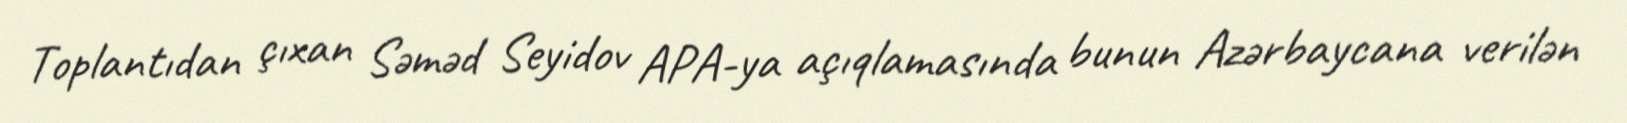
Toplantıdan çıxan Səməd Seyidov APA-ya açıqlamasında bunun Azərbaycana verilən